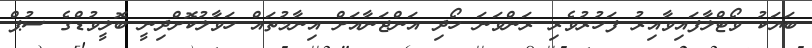
ބަޔަކު ވޯޓްލާފައިވާއިރު ފަހުރުވެރި ރަންވަނަ ހޯދި އަންޖަނާއަށް އިނާމުތައް ހަވާލުކޮށްދިނީ ބޮލީވުޑްގެ ސުޕް